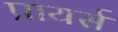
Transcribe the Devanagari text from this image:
प्रायर्स